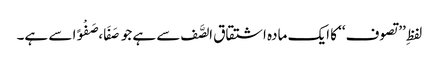
لفظِ ’’تصوف‘‘ کا ایک مادہ اشتقاق الصَّف سے ہے جو صَفَا، صَفْوًا سے ہے۔